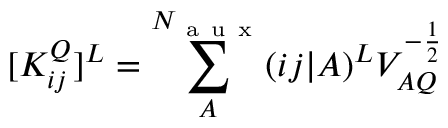
[ K _ { i j } ^ { Q } ] ^ { L } = \sum _ { A } ^ { N _ { \mathrm { ~ a ~ u ~ x ~ } } } ( i j | A ) ^ { L } V _ { A Q } ^ { - \frac { 1 } { 2 } }